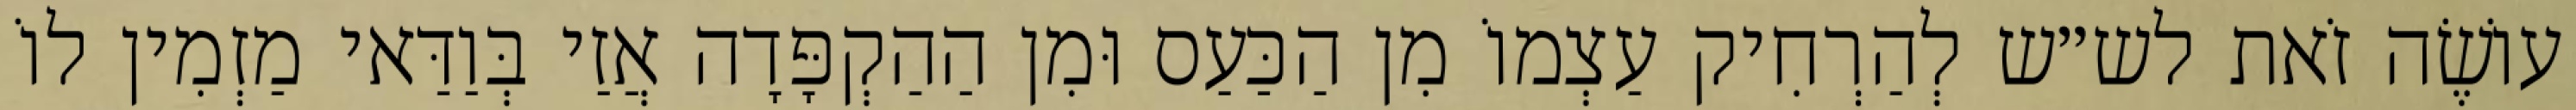
עוֹשֶׂה זֹאת לש״ש לְהַרְחִיק עַצְמוֹ מִן הַכַּעַס וּמִן הַהַקְפָּדָה אֲזַי בְּוַדַּאי מַזְמִין לוֹ